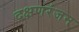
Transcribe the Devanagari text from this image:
दक्षणरंजन